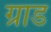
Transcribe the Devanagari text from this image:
ग्राड